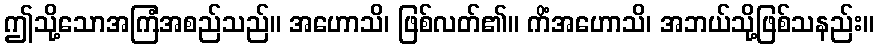
ဤသို့သောအကြံအစည်သည်။ အဟောသိ၊ ဖြစ်လတ်၏။ ကိံအဟောသိ၊ အဘယ်သို့ဖြစ်သနည်း။